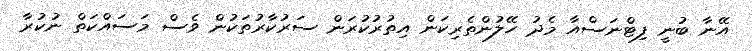
އޭނާ ބުނީ ފިޓްނަސްއާ މެދު ހޭލުންތެރިކަން އިތުރުކުރަން ސަރުކާރުތަކުން ވެސް މަސައްކަތް ނުކުރާ